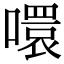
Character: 噮